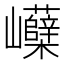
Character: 𡿗